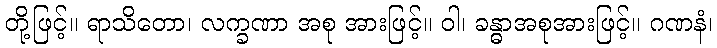
တို့ဖြင့်။ ရာသိတော၊ လက္ခဏာ အစု အားဖြင့်။ ဝါ၊ ခန္ဓာအစုအားဖြင့်။ ဂဏနံ၊